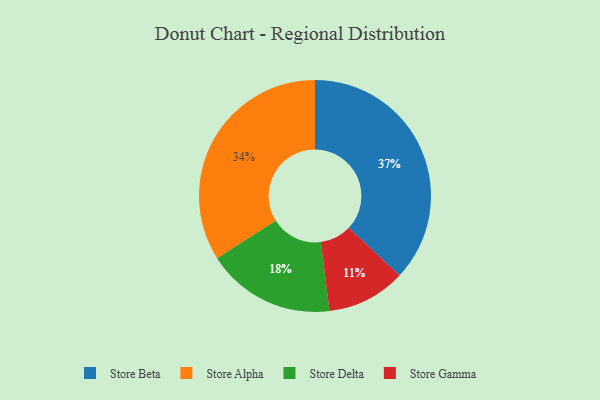
{"axis": {"x": "Category", "y": "Percentage"}, "legend": ["Store Alpha", "Store Beta", "Store Delta", "Store Gamma"], "data": [{"x": "Store Alpha", "y": 34, "type": "Store Alpha"}, {"x": "Store Beta", "y": 37, "type": "Store Beta"}, {"x": "Store Delta", "y": 18, "type": "Store Delta"}, {"x": "Store Gamma", "y": 11, "type": "Store Gamma"}]}